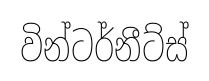
වින්ටර්නීට්ස්